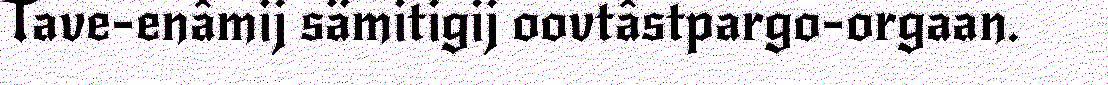
Tave-enâmij sämitigij oovtâstpargo-orgaan.